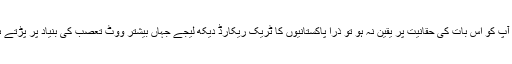
اگر آپ کو اس بات کی حقانیت پر یقین نہ ہو تو ذرا پاکستانیوں کا ٹریک ریکارڈ دیکھ لیجے جہاں بیشتر ووٹ تعصب کی بنیاد پر پڑتے ہیں۔